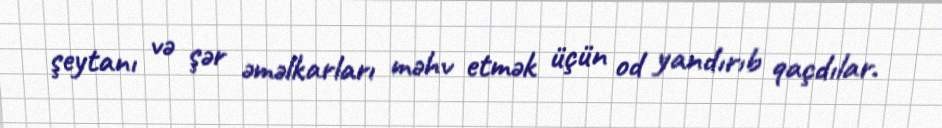
şeytanı və şər əməlkarları məhv etmək üçün od yandırıb qaçdılar.